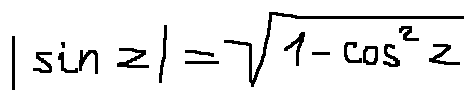
| \sin z | = \sqrt { 1 - \cos ^ { 2 } z }